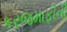
કરજમાફીની